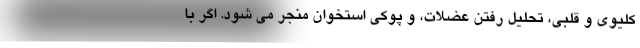
کلیوی و قلبی، تحلیل رفتن عضلات، و پوکی استخوان منجر می شود. اگر با